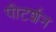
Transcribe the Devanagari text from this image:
पीटर्शन